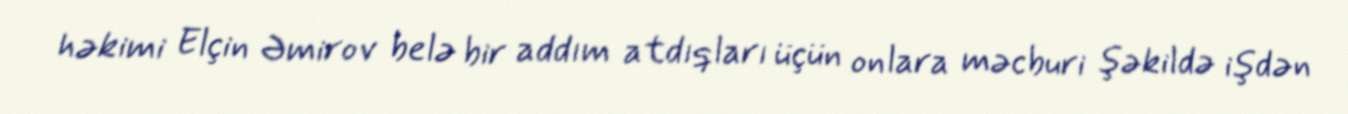
həkimi Elçin Əmirov belə bir addım atdıqları üçün onlara məcburi şəkildə işdən